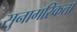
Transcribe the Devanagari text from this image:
सुनागरिकता